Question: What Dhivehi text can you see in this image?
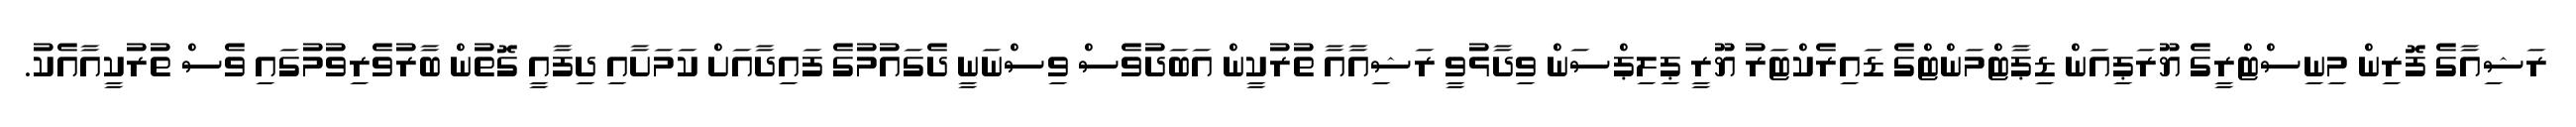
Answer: ރަޝިއާގެ ފޮރިން މިނިސްޓްރީގެ ޔޫރަޕިއަން ޑިޕާޓްމަންޓްގެ ޑައިރެކްޓަރު ޔޫރީ ޕިލިޕްސަން ވިދާޅުވީ ރަޝިއާއާ ތުރުކީން އަބަދުވެސް ވިސްނަނީ ދެގައުމުގެ ފައިދާއަށް ކަމަށާއި ދިފާއީ ގޮތުން ބާރުވެރިވުމުގައި ވެސް ތުރުކީއާއެކު.